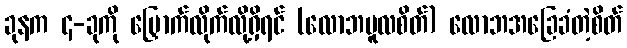
ခုနက ၄-ခုကို မြှောက်လိုက်လို့ရှိရင် (လောဘမူလစိတ်) လောဘအခြေခံတဲ့စိတ်